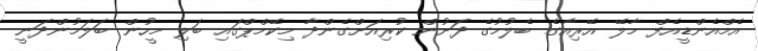
އެމްއެންޑީއެފް މާލޭ އޭރިއާގެ ބެލުމުގެ ދަށުން ކުރިއަށްގެންދާ މިކޭމްޕްގައި ބަލި މީހުން ބަލަމުންދަނީ